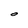
Character: O